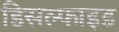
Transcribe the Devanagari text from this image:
डिसल्फाइड